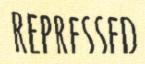
REPRESSED